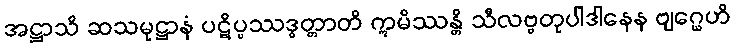
အဋ္ဌာသိ ဆသမုဋ္ဌာနံ ပဋိပ္ပဿဒ္ဓတ္တာတိ ဣမိဿန္တိ သီလဗ္ဗတုပါဒါနေန ဗျဂ္ဃေဟိ